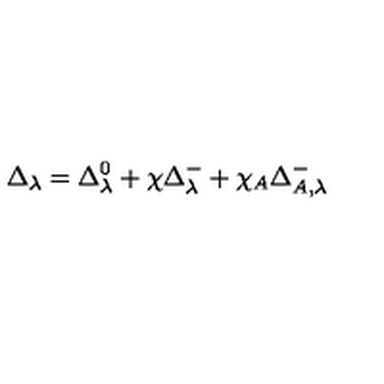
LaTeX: \Delta _ { \lambda } = \Delta _ { \lambda } ^ { 0 } + \chi \Delta _ { \lambda } ^ { - } + \chi _ { A } \Delta _ { A , \lambda } ^ { - }